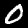
Digit: 0